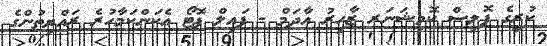
ކުރީގެ ޕޮލިސް ކޮމިޝަނަރ ޒާހިރު އާދަމް - ފައިލް ފޮޓޯ އެކަންކަމާހުރެ ރައްޔިތުންގެ